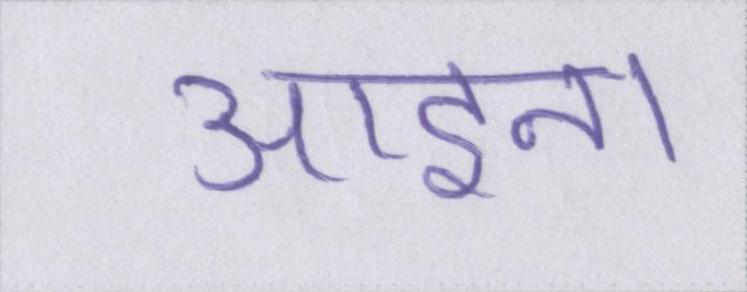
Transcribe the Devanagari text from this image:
आइना